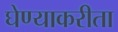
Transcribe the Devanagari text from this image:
घेण्याकरीता